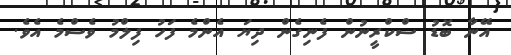
އޭނާ ބޮޑު ސްކްރީނުން ފެނިގެން ދިޔަ އެންމެ ފަހު ފިލްމު ވެސްމެ އެވެ.